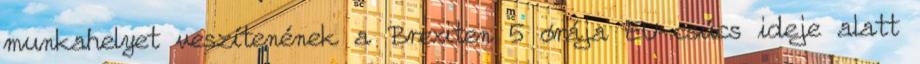
munkahelyet veszítenének a Brexiten 5 órája EU-csúcs ideje alatt